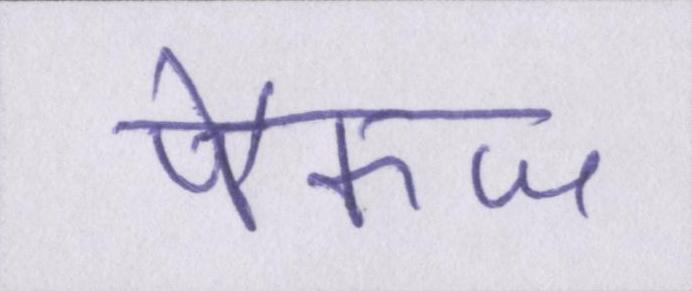
पैकज